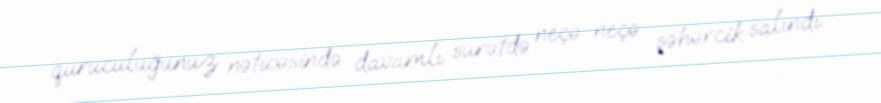
quruculuğunuz nəticəsində davamlı surətdə neçə-neçə şəhərcik salındı.